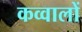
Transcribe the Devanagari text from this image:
कव्वालों